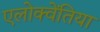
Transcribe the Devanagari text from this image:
एलोक्वेंतिया